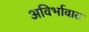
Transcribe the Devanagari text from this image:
अविर्भावात